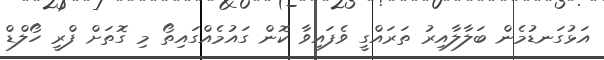
އަޅުގަނޑުމެން ބަލާލާއިރު ތަރައްގީ ވެފައިވާ ކޮން ގައުމެއްގައިތޯ މި ގޮތަށް ފްރީ ހޯލްޑް